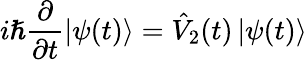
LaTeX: i\hslash\frac{\partial}{\partial t}\left\vert\psi(t)\right\rangle=\hat{V}_{2}(t)\left\vert\psi(t)\right\rangle